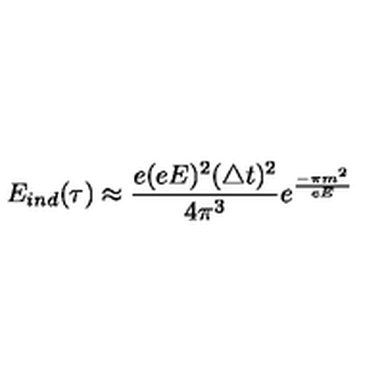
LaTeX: E _ { i n d } ( \tau ) \approx \frac { e ( e E ) ^ { 2 } ( \triangle t ) ^ { 2 } } { 4 \pi ^ { 3 } } e ^ { \frac { - \pi m ^ { 2 } } { e E } }